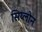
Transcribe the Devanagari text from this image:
सिय्लोन